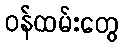
ဝန်ထမ်းတွေ